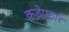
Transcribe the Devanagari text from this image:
कडेपठार